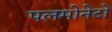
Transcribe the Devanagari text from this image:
पलमोनेटों